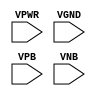
module sky130_fd_sc_ms__decap (
    VPWR,
    VGND,
    VPB ,
    VNB
);

    input VPWR;
    input VGND;
    input VPB ;
    input VNB ;
endmodule